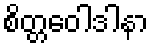
စိတ္တဝေါဒါနာ